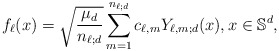
\begin{align*}f_\ell(x)=\sqrt{\frac{\mu_d}{n_{\ell;d}}}\sum_{m=1}^{n_{\ell;d}} c_{\ell,m} Y_{\ell,m;d}(x),x\in \mathbb{S}^d,\end{align*}